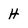
Character: H